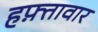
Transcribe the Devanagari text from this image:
हफ़्तावार